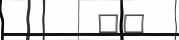
٥١